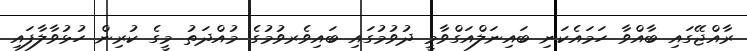
ރާއްޖޭގައި ބާއްވާ ހަމައެކަނި ބައިނަލްއަގްވާމީ ދުވުމުގައި ބައިވެރވުމުގެ މުއްދަތު މީގެ ކުރިން ހުޅުވާލާފައި